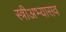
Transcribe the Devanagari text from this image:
स्त्रीअभ्यासव